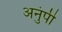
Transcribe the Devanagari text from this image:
अनुंपी